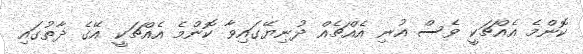
ކޮންމެ އެއްޗަކީ ވެސް އުނި އެއްޗެއް ދުނިޔޭގައިވާ ކޮންމެ އެއްޗަކީ އޭގެ ޛާތުގައި